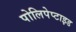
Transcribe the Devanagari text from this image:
पोलिपेप्टाइड